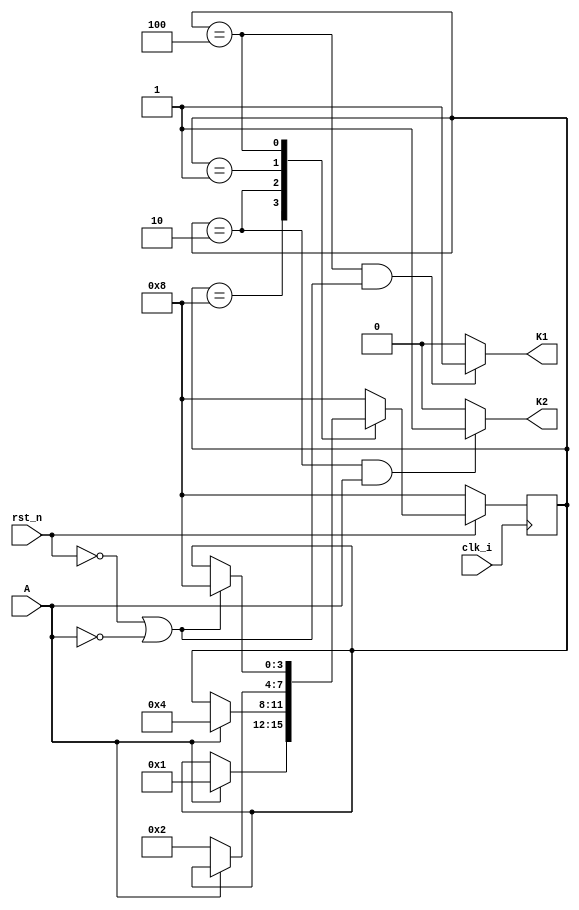
module state3(
		input                      		clk_i,
		input                     		rst_n,
		input                       	A,
		output                   K1,
		output                     K2
    );
	reg [3:0]                       now_state;
	reg [3:0]                       next_state;
	
	parameter                  START = 4'b0001;
	parameter                  STOP  = 4'b0010;
	parameter                  CLEAR = 4'b0100;
	parameter                  IDLE  = 4'b1000;
	
	//Describe sequential state transition in the 1st sequential always block
	always @(posedge clk_i) 
		if(!rst_n)
			now_state <= IDLE;
		else 
			now_state <= next_state;
    //State transition conditions in the 2nd combinational always block
	always @(*) begin
		case(now_state)
			IDLE: begin
				if(!rst_n)
					next_state = IDLE;
				else if(A)
					next_state = START;
				else 	
					next_state = now_state;
			end
			STOP: begin
				if(!rst_n)
					next_state = IDLE;
				else if(A)
					next_state = CLEAR;
				else 	
					next_state = now_state;
			end
			START: begin
				if(!rst_n)
					next_state = IDLE;
				else if(!A)
					next_state = STOP;
				else 	
					next_state = now_state;
			end
			CLEAR: begin
				if(!rst_n || !A)
					next_state = IDLE;
				else 
					next_state = now_state;
			end
			default:
				next_state = IDLE;
		endcase
	end
	//Describe the FSM out in the 3rd sequential always block K1
/*	always @(*) begin
		if(!rst_n)
			{K2,K1} = {0,0};
		else
			case(now_state) //
				IDLE: 
					if(A)
						{K2,K1} = {0,0};
					else 
						{K2,K1} = {0,0};
				START:
					{K2,K1} = {0,0};
				STOP:
					if(!rst_n)
						{K2,K1} = {0,0};
					else if(A)
						{K2,K1} = {1,0};
				CLEAR:
					if(!rst_n || !A)
						{K2,K1} = {0,1};
				default:
					{K2,K1} = {0,0};
			endcase	
	end	*/
	assign K1 = (now_state== CLEAR && (!A || !rst_n))? 1 :0;
	assign K2 = (now_state== STOP  && A)? 1 :0;
	
endmodule